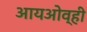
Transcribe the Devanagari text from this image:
आयओव्ही